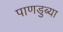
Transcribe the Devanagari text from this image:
पाणडुब्या